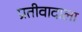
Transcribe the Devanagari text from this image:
प्रतीवादाला